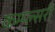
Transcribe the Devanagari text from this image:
कम्प्ल्सरी